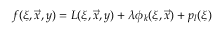
f ( \xi , \vec { x } , y ) = L ( \xi , \vec { x } , y ) + \lambda \phi _ { k } ( \xi , \vec { x } ) + p _ { l } ( \xi )